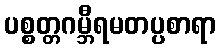
ပစ္စတ္တဂမ္ဘီရမတပ္ပစာရာ